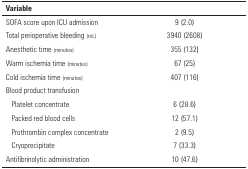
| Variable |  |
 | --- | --- |
 | SOFA score upon ICU admission | 9 (2.0) |
 | Total perioperative bleeding (mL) | 3940 (2608) |
 | Anesthetic time (minutes) | 355 (132) |
 | Warm ischemia time (minutes) | 67 (25) |
 | Cold ischemia time (minutes) | 407 (116) |
 | Blood product transfusion |  |
 | Platelet concentrate | 6 (28.6) |
 | Packed red blood cells | 12 (57.1) |
 | Prothrombin complex concentrate | 2 (9.5) |
 | Cryoprecipitate | 7 (33.3) |
 | Antifibrinolytic administration | 10 (47.6) |